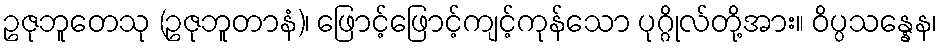
ဥဇုဘူတေသု (ဥဇုဘူတာနံ)၊ ဖြောင့်ဖြောင့်ကျင့်ကုန်သော ပုဂ္ဂိုလ်တို့အား။ ဝိပ္ပသန္နေန၊